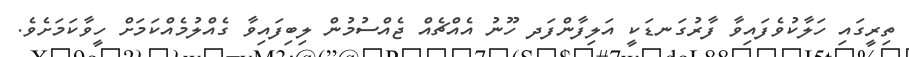
ތިރީގައި ހަލާކުވެފައިވާ ފާރުގަނޑަކީ އަލިފާންފަދ ހޫނު އެއްޗެއް ޖެއްސުމުން ލިބިފައިވާ ގެއްލުމެއްކަމަށް ހީވާކަމަށެވެ.